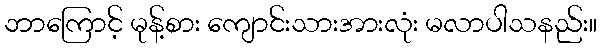
ဘာကြောင့် မုန့်စား ကျောင်းသားအားလုံး မလာပါသနည်း။